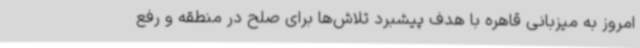
امروز به میزبانی قاهره با هدف پیشبرد تلاش‌ها برای صلح در منطقه و رفع